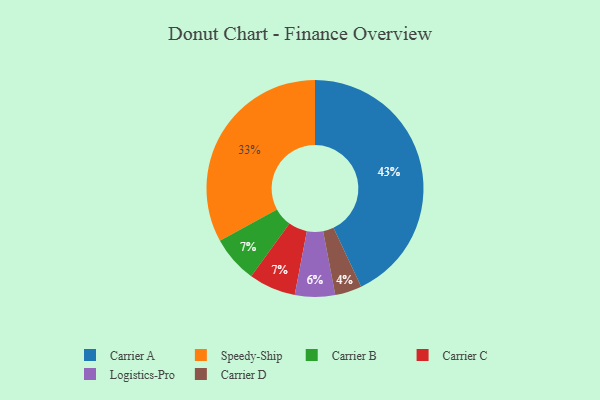
{"axis": {"x": "Category", "y": "Percentage"}, "legend": ["Carrier A", "Carrier B", "Carrier C", "Carrier D", "Logistics-Pro", "Speedy-Ship"], "data": [{"x": "Logistics-Pro", "y": 6, "type": "Logistics-Pro"}, {"x": "Carrier D", "y": 4, "type": "Carrier D"}, {"x": "Carrier B", "y": 7, "type": "Carrier B"}, {"x": "Carrier C", "y": 7, "type": "Carrier C"}, {"x": "Carrier A", "y": 43, "type": "Carrier A"}, {"x": "Speedy-Ship", "y": 33, "type": "Speedy-Ship"}]}